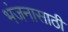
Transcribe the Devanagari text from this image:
भंजनासाठी